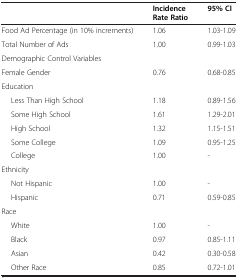
<table><thead><tr><td><b> </b></td><td><b>Incidence Rate Ratio</b></td><td><b>95% CI</b></td></tr></thead><tbody><tr><td>Food Ad Percentage (in 10% increments)</td><td>1.06</td><td>1.03-1.09</td></tr><tr><td>Total Number of Ads</td><td>1.00</td><td>0.99-1.03</td></tr><tr><td colspan="3">Demographic Control Variables</td></tr><tr><td>Female Gender</td><td>0.76</td><td>0.68-0.85</td></tr><tr><td>Education</td><td> </td><td> </td></tr><tr><td>Less Than High School</td><td>1.18</td><td>0.89-1.56</td></tr><tr><td>Some High School</td><td>1.61</td><td>1.29-2.01</td></tr><tr><td>High School</td><td>1.32</td><td>1.15-1.51</td></tr><tr><td>Some College</td><td>1.09</td><td>0.95-1.25</td></tr><tr><td>College</td><td>1.00</td><td>-</td></tr><tr><td colspan="3">Ethnicity</td></tr><tr><td>Not Hispanic</td><td>1.00</td><td>-</td></tr><tr><td>Hispanic</td><td>0.71</td><td>0.59-0.85</td></tr><tr><td colspan="3">Race</td></tr><tr><td>White</td><td>1.00</td><td>-</td></tr><tr><td>Black</td><td>0.97</td><td>0.85-1.11</td></tr><tr><td>Asian</td><td>0.42</td><td>0.30-0.58</td></tr><tr><td>Other Race</td><td>0.85</td><td>0.72-1.01</td></tr></tbody></table>